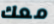
معك